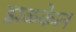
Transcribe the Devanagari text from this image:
झळकेल